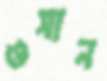
ওসান